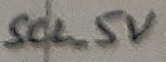
Text: SCL_5V